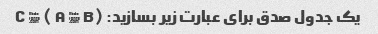
یک جدول صدق برای عبارت زیر بسازید: (A ∨ B ) → C